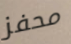
محفز